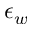
\epsilon _ { w }